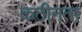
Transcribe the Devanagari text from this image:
कठीनता